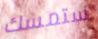
ستمسك